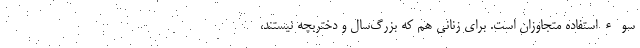
سوء‌استفاده متجاوزان است. برای زنانی هم که بزرگ‌سال و دختربچه نیستند،